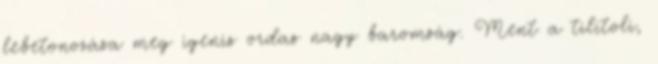
lebetonozása meg igenis ordas nagy baromság. Ment a tilitoli,